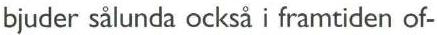
bjuder sålunda också i framtiden of-